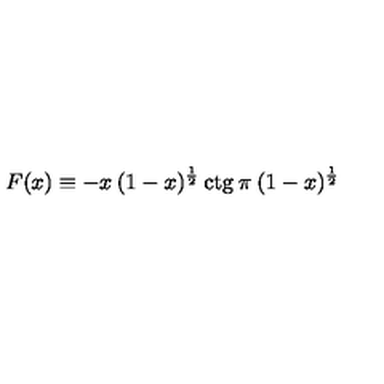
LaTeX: F ( x ) \equiv - x \: ( 1 - x ) ^ { \frac { 1 } { 2 } } \: \mathrm { c t g } \: \pi \: ( 1 - x ) ^ { \frac { 1 } { 2 } }